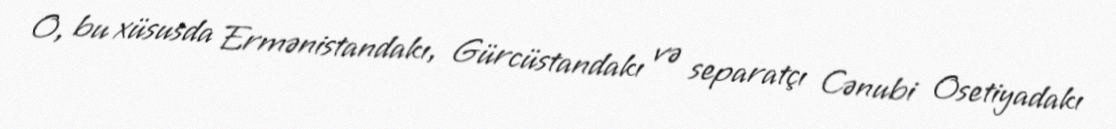
O, bu xüsusda Ermənistandakı, Gürcüstandakı və separatçı Cənubi Osetiyadakı